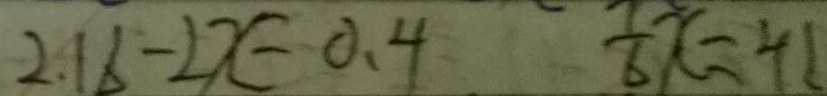
2 . 1 6 - 2 x = 0 . 4 \frac { 7 } { 6 } x = 4 1